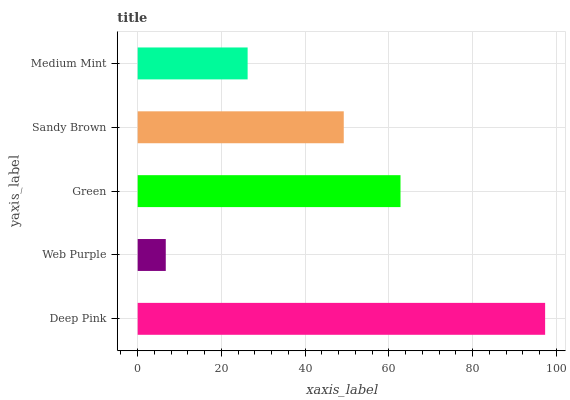
| yaxis_label | bars |
 | --- | --- |
 | Deep Pink | 97.3 |
 | Web Purple | 6.71 |
 | Green | 62.8 |
 | Sandy Brown | 49.2 |
 | Medium Mint | 26.3 |